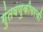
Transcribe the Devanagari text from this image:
गुंतवणुकीवरची